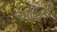
ઓફની